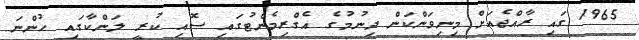
1965 ގައި ރާއްޖެއަށް މިނިވަންކަން ދިނުމުގެ އެގްރިމެންޓުގައި ސޮއި ކުރީ ލަންކާގައި ހުންނަ